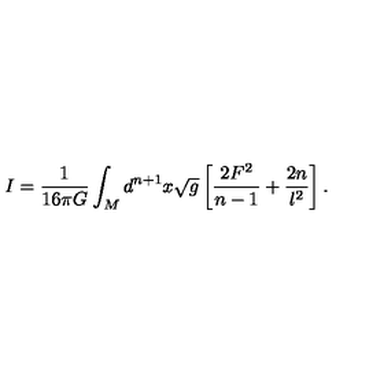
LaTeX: I = \frac { 1 } { 1 6 { \pi } G } \int _ { M } d ^ { n + 1 } x \sqrt { g } \left[ \frac { 2 F ^ { 2 } } { n - 1 } + \frac { 2 n } { l ^ { 2 } } \right] .